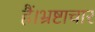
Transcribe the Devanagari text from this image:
हैं।भ्रष्टाचार